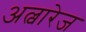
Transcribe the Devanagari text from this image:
अल्वारेज